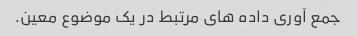
جمع آوری داده های مرتبط در یک موضوع معین.